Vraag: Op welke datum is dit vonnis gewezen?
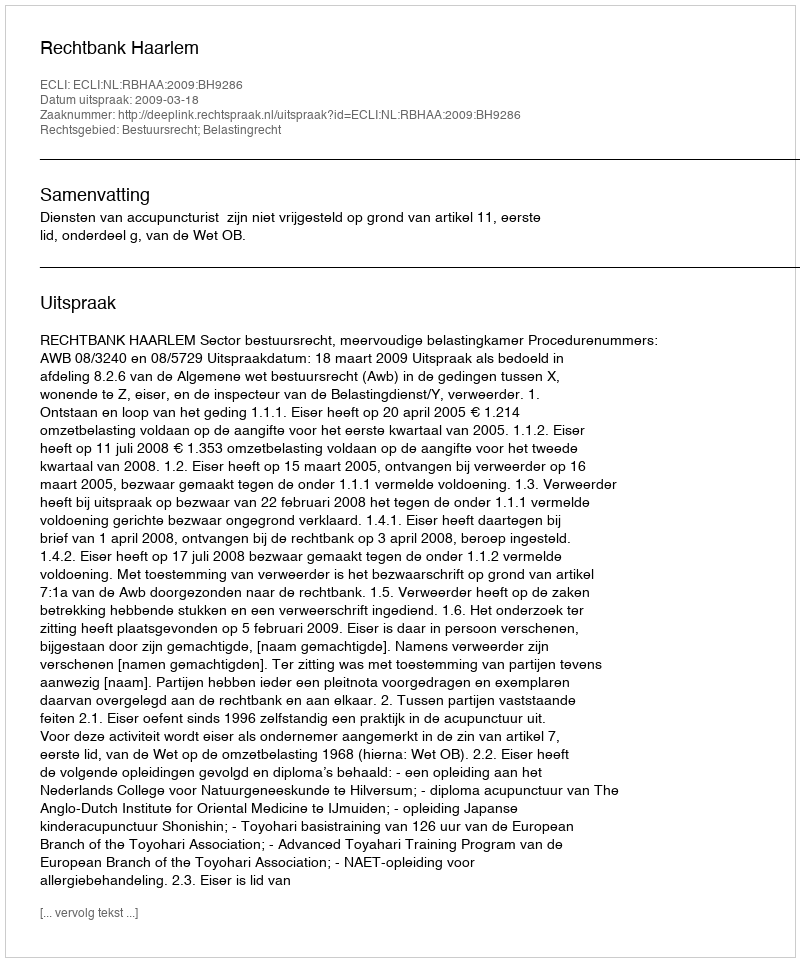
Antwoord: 2009-03-18